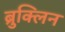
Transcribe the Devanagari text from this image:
ब्रुक्लिन